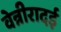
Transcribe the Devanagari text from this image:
वेन्नीरादई